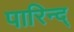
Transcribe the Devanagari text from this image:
पारिन्द्